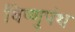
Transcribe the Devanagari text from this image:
विष्णुपंथ